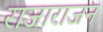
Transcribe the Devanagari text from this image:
राजाराजन